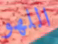
اللهو